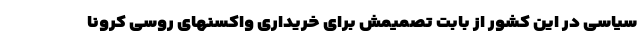
سیاسی در این کشور از بابت تصمیمش برای خریداری واکسنهای روسی کرونا